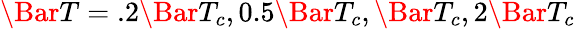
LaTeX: \Bar{T}=.2\Bar{T}_{c},0.5\Bar{T}_{c},\Bar{T}_{c},2\Bar{T}_{c}